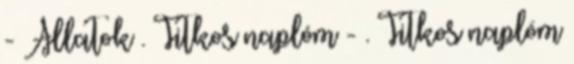
- Állatok . Titkos naplóm - . Titkos naplóm